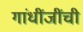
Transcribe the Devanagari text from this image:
गांधींजींची